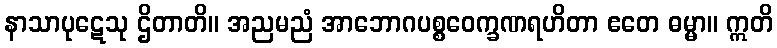
နာသာပုဋေသု ဌိတာတိ။ အညမညံ အာဘောဂပစ္စဝေက္ခဏရဟိတာ ဧတေ ဓမ္မာ။ ဣတိ